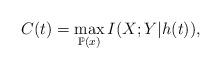
LaTeX: \begin{align*}C(t) = \max\limits_{ \mathbb{P}(x)}I(X;Y|h(t)),\end{align*}